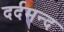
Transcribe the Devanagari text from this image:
दर्दमन्द